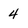
Character: 4